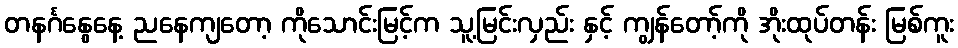
တနင်္ဂနွေနေ့ ညနေကျတော့ ကိုသောင်းမြင့်က သူ့မြင်းလှည်း နှင့် ကျွန်တော့်ကို အိုးထုပ်တန်း မြစ်ကူး